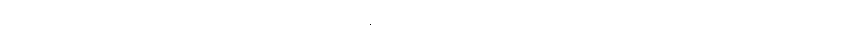
သရက်ပင်ပျိုတို့ဖြင့် တင့်တယ်သော ကုန်းထိပ်၌။ မဟာထူပံ၊ စေတီကြီးကို။ ကာရောပေတွာ၊